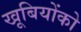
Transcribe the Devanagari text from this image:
खूबियोंको